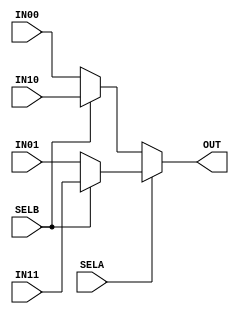
module FOUR_BIT_SELECTOR(
    input SELA,
    input SELB,
    input [3:0] IN00,
    input [3:0] IN01,
    input [3:0] IN10,
    input [3:0] IN11,
    output [3:0] OUT
);

    assign OUT =  (SELA)? (SELB)? IN11 : IN01 :
                          (SELB)? IN10 : IN00;

endmodule